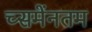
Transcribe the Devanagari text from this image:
च्समेंनतम